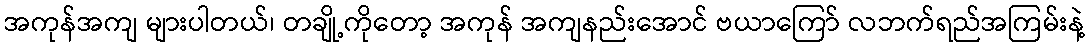
အကုန်အကျ များပါတယ်၊ တချို့ကိုတော့ အကုန် အကျနည်းအောင် ဗယာကြော် လဘက်ရည်အကြမ်းနဲ့